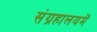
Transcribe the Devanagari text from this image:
संग्रहालयमें